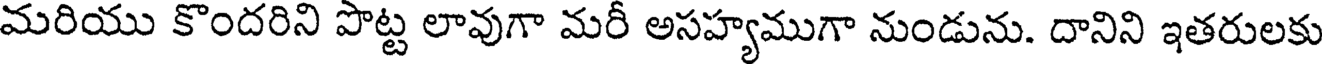
మరియు కొందరిని పొట్ట లావుగా మరీ అసహ్యముగా నుండును. దానిని ఇతరులకు